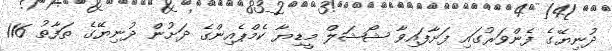
ދުނިޔޭގެ ފެންވަރުގައި ފަށާފައިވާ ޝޯޝަލް މީޑިޔާ ކެމްޕެއިންގެ ދަށުން ދުނިޔޭގެ ތަފާތު 116